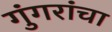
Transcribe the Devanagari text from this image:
गुंगरांचा